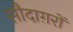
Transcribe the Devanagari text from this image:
सौदाग़रों